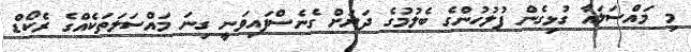
މި މައްސަލައާ ގުޅިގެން ފުލުހުންގެ ބެލުމުގެ ދަށަށް ގެނެސްފައިވަނީ ގިނަ މައްސަލަތަކެއްގެ ރެކޯޑް